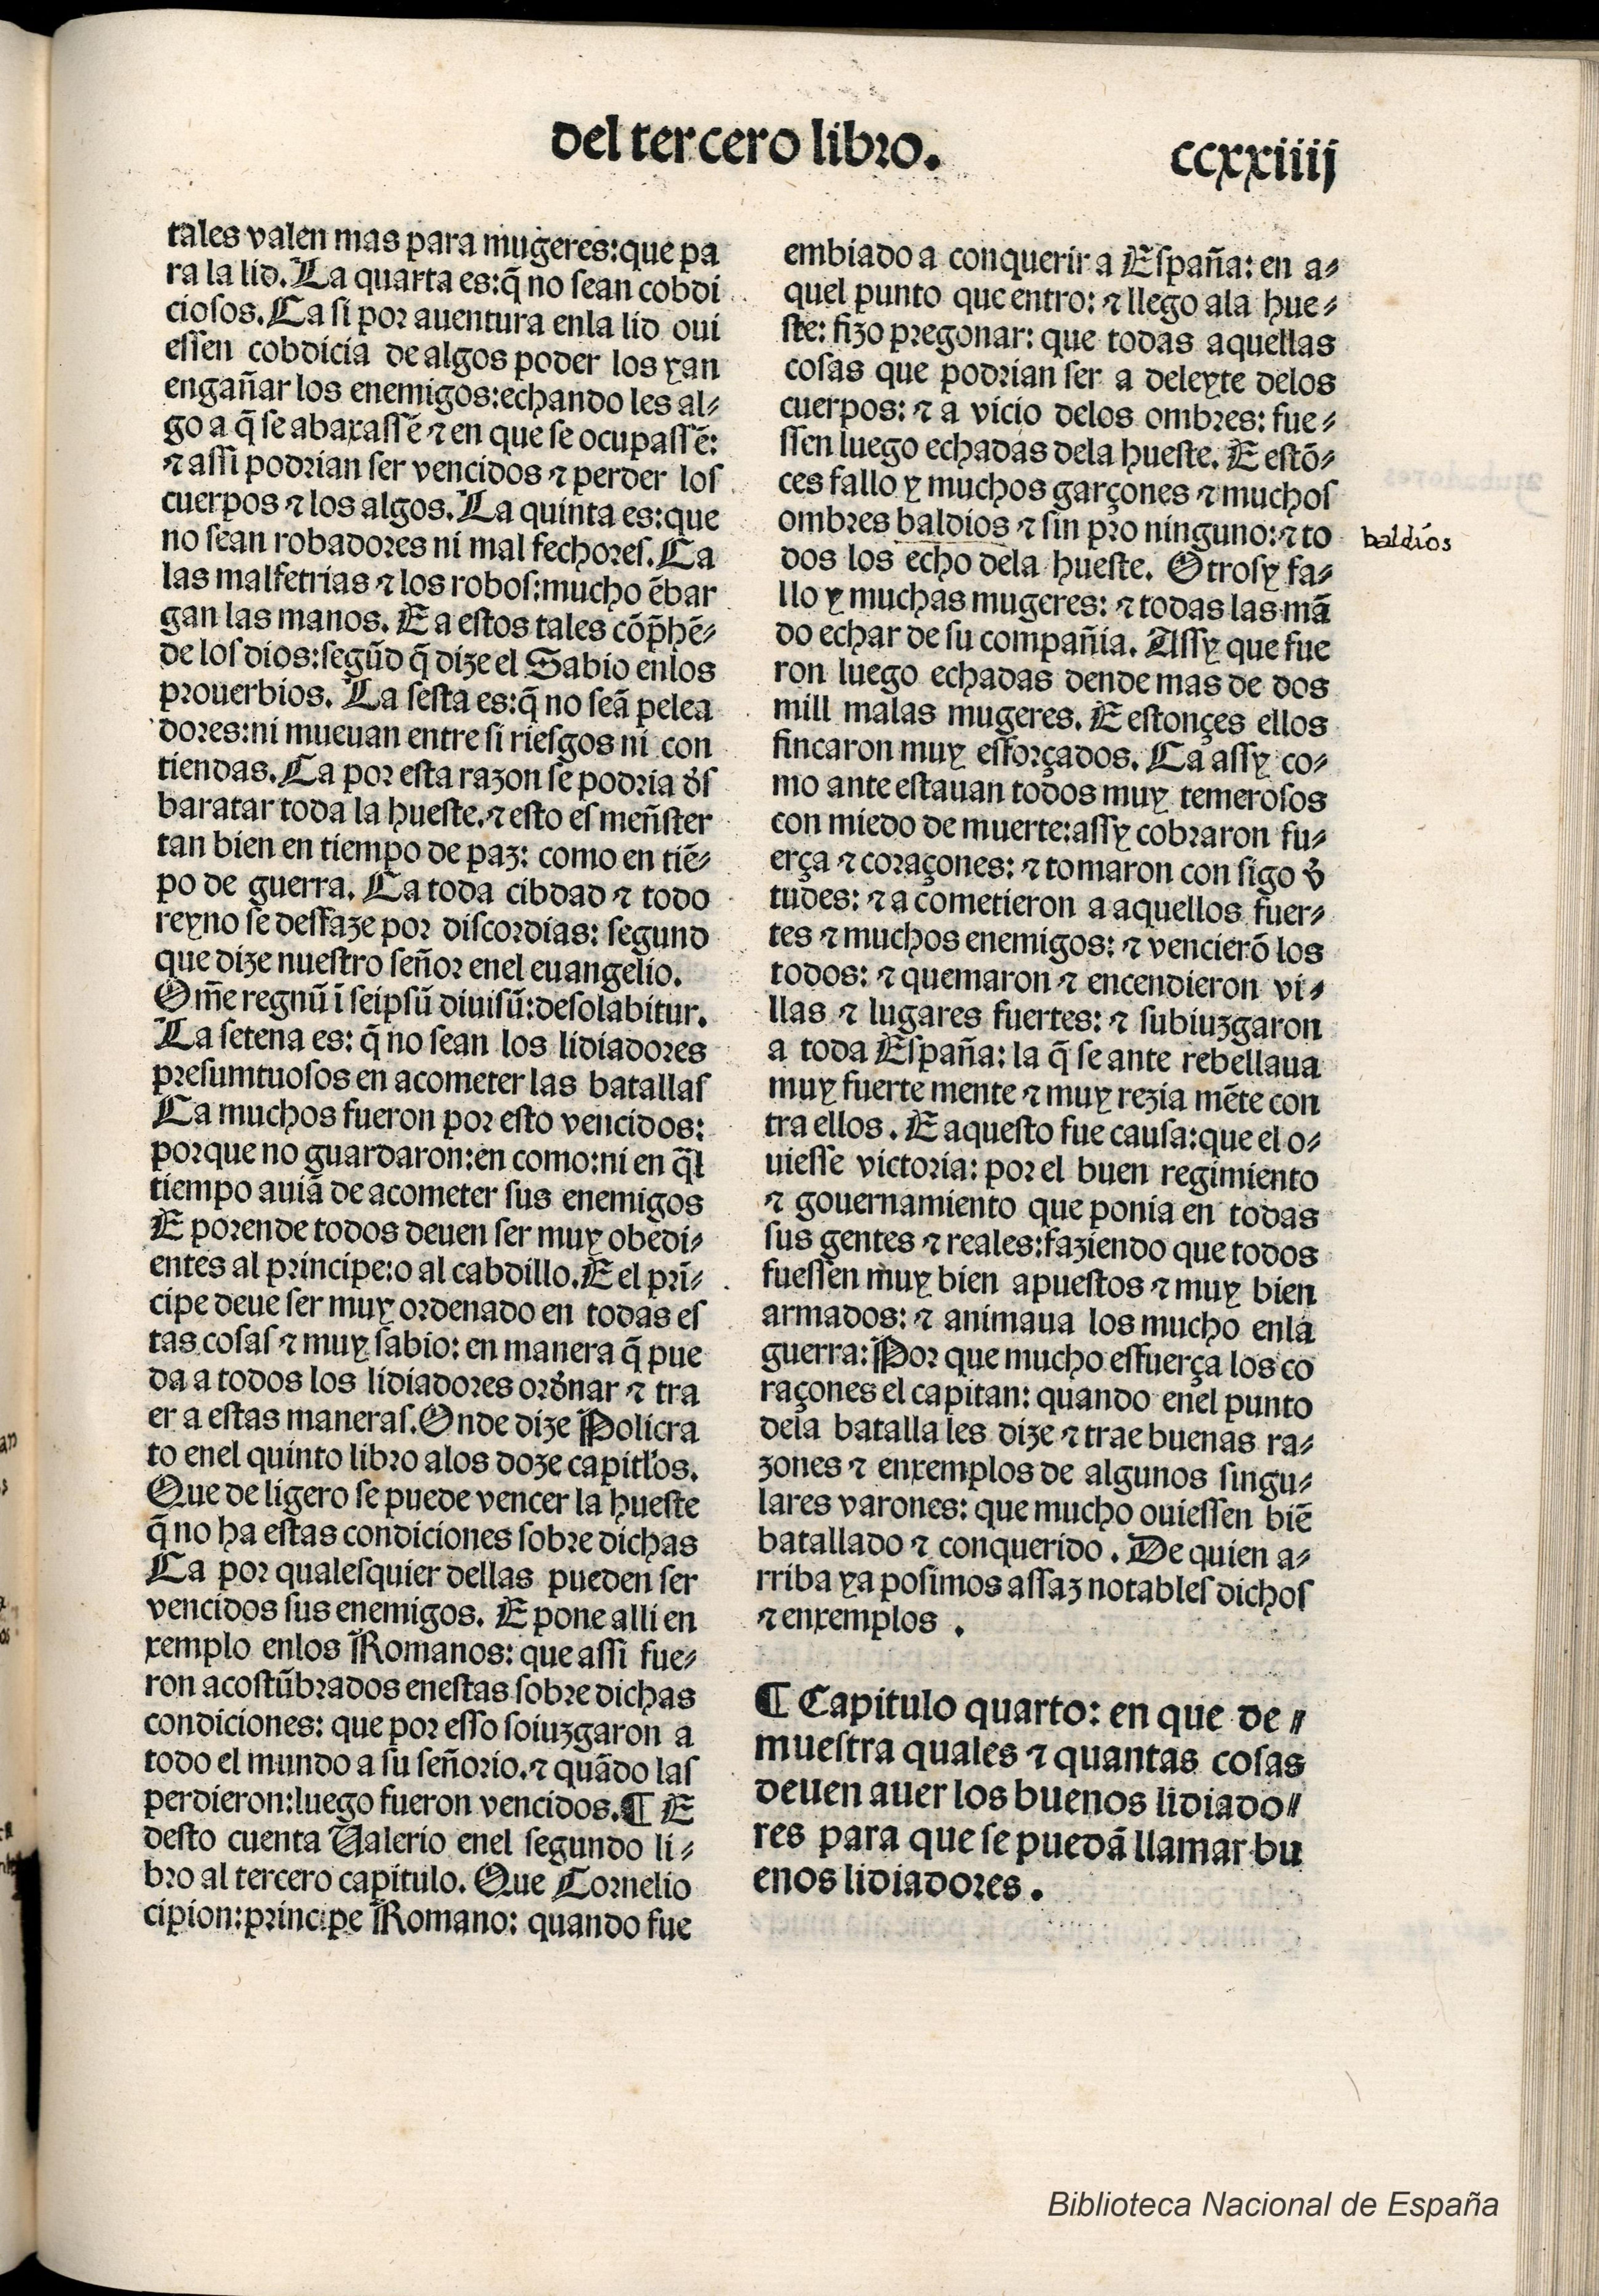
Shelfmark: Madrid, BNE, Inc. 901
Century: 15